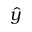
\hat { y }